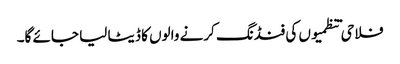
فلاحی تنظمیوں کی فنڈنگ کرنے والوں کا ڈیٹا لیا جائے گا۔